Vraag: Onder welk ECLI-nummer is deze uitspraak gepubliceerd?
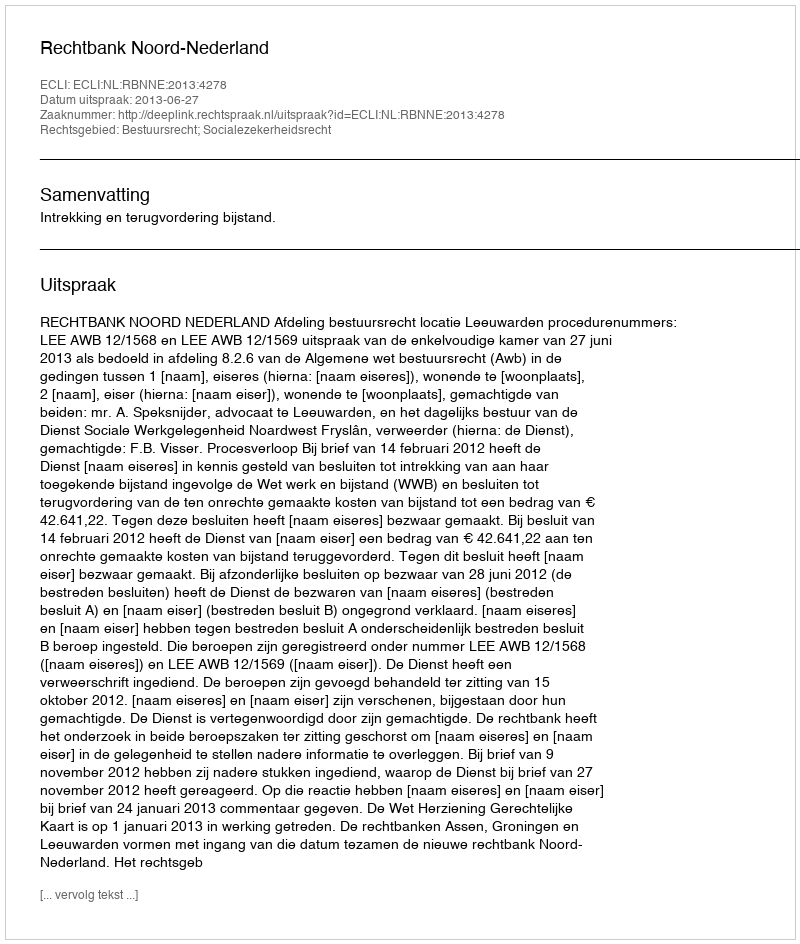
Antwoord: ECLI:NL:RBNNE:2013:4278